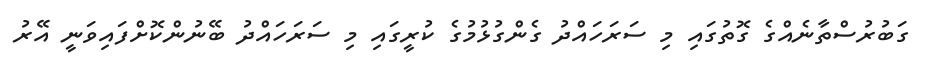
ގަބުރުސްތާނެއްގެ ގޮތުގައި މި ސަރަހައްދު ގެންގުޅުމުގެ ކުރީގައި މި ސަރަހައްދު ބޭނުންކޮށްފައިވަނީ އޭރު